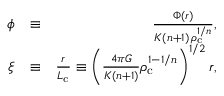
\begin{array} { r l r } { \phi } & { \equiv } & { \frac { \Phi ( \boldsymbol { r } ) } { K ( n + 1 ) \, \rho _ { \mathrm { c } } ^ { 1 / n } } , } \\ { \boldsymbol { \xi } } & { \equiv } & { \frac { \boldsymbol { r } } { L _ { \mathrm { c } } } \equiv \left( \frac { 4 \pi G } { K ( n + 1 ) } \rho _ { \mathrm { c } } ^ { 1 - 1 / n } \right) ^ { 1 / 2 } \boldsymbol { r } , } \end{array}